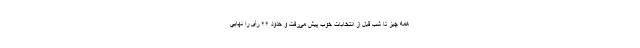
همه چیز تا شب قبل از انتخابات خوب پیش می‌رفت و حدود ۲۲ رأی را نهایی